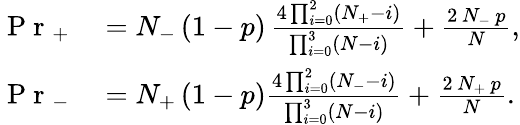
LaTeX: \begin{array}{rl}{\mathrm{~P~r~}_{+}}&{{}=N_{-}\left(1-p\right)\, \frac{4\prod_{i=0}^{2}\left(N_{+}-i\right)}{\prod_{i=0}^{3}\left(N-i\right)}+\frac{2\, N_{-}\, p}{N},}\\ {\mathrm{~P~r~}_{-}}&{{}=N_{+}\left(1-p\right)\frac{4\prod_{i=0}^{2}\left(N_{-}-i\right)}{\prod_{i=0}^{3}\left(N-i\right)}+\frac{2\, N_{+}\, p}{N}.}\end{array}